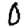
Digit: 0